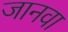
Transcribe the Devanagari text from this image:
जानवा